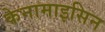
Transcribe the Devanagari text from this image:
केनामाइसिन